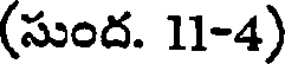
(సుంద. 11-4)